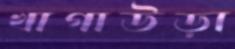
খাগাউড়া